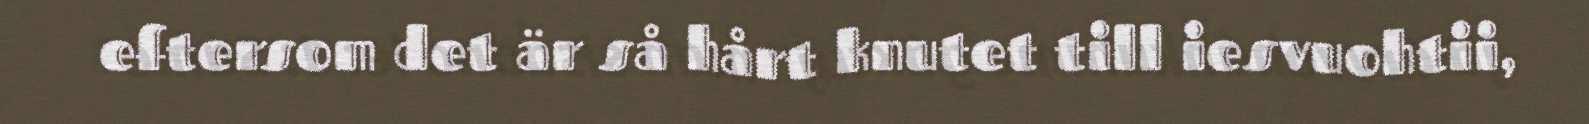
eftersom det är så hårt knutet till iesvuohtii,